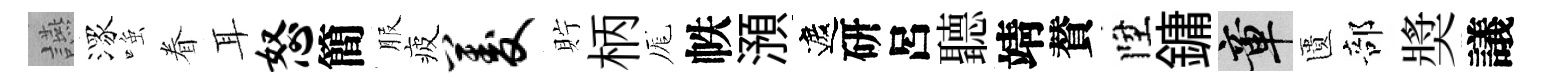
讌潈𫪻眷耳怒簡服疲菱貯柄厖帙澦遮研呂聽靖賛陞鏞章匱部奬議